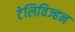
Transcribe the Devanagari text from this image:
टेलिविज्हन